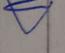
Signature authenticity: genuine